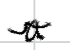
Text: a
Cross-out: wave
Writing tool: digital_black